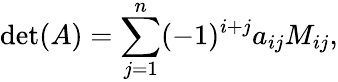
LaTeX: \operatorname*{d\mathrm{e}t}(A)=\sum_{j=1}^{n}(-1)^{i+j}a_{ij}M_{ij},